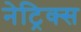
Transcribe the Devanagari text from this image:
नेट्रिक्स